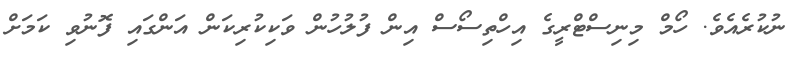
ނުކުރެއެވެ. ހޯމް މިނިސްޓްރީގެ އިހްތިސޯސް އިން ފުލުހުން ވަކިކުރިކަން އަންގައި ފޮނުވި ކަމަށް